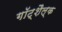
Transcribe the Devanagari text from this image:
गॉट्शैल्क